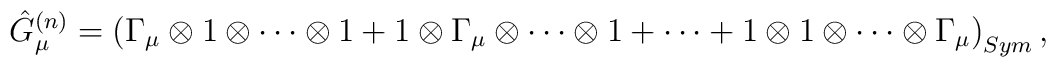
\hat{G}_{\mu}^{(n)}=\left(\Gamma_{\mu}\otimes 1\otimes \cdots \otimes 1+1\otimes \Gamma_{\mu} \otimes \cdots \otimes 1+\cdots +1\otimes 1\otimes \cdots \otimes \Gamma_{\mu}\right)_{Sym},